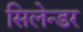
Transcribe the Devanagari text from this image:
सिलेन्डर